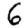
Digit: 6